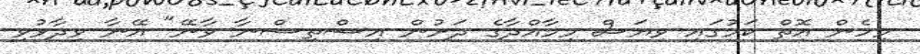
މިހެން އޮތް ކަމުގައި ވިޔަސް މިމާއްދާގެ ދަށުން އިސްތިސްނާ ވާނޭ" އޭނާ ވިދާޅުވި